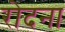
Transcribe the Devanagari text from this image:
रोदना